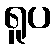
ရူပ